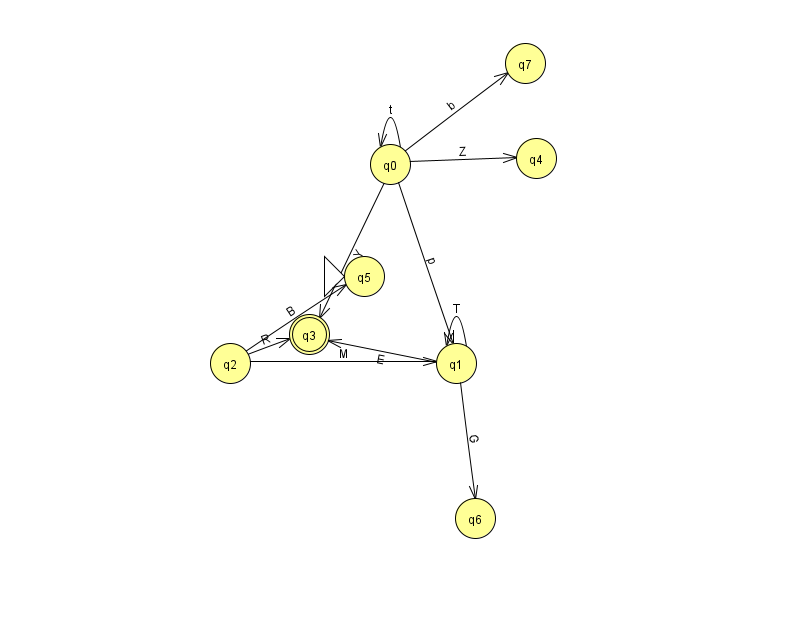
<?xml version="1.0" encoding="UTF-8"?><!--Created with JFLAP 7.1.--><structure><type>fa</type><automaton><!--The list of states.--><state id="0" name="q0"><x>390.0</x><y>151.0</y></state><state id="1" name="q1"><x>456.0</x><y>350.0</y></state><state id="2" name="q2"><x>230.0</x><y>350.0</y></state><state id="3" name="q3"><x>309.0</x><y>321.0</y><final/></state><state id="4" name="q4"><x>536.0</x><y>145.0</y></state><state id="5" name="q5"><x>364.0</x><y>263.0</y><initial/></state><state id="6" name="q6"><x>475.0</x><y>505.0</y></state><state id="7" name="q7"><x>525.0</x><y>50.0</y></state><!--The list of transitions.--><transition><from>2</from><to>5</to><read>B</read></transition><transition><from>0</from><to>1</to><read>p</read></transition><transition><from>0</from><to>4</to><read>Z</read></transition><transition><from>0</from><to>0</to><read>t</read></transition><transition><from>1</from><to>1</to><read>T</read></transition><transition><from>0</from><to>3</to><read>Y</read></transition><transition><from>0</from><to>7</to><read>b</read></transition><transition><from>1</from><to>3</to><read>E</read></transition><transition><from>2</from><to>3</to><read>R</read></transition><transition><from>1</from><to>6</to><read>G</read></transition><transition><from>2</from><to>1</to><read>M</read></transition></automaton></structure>